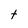
Character: t